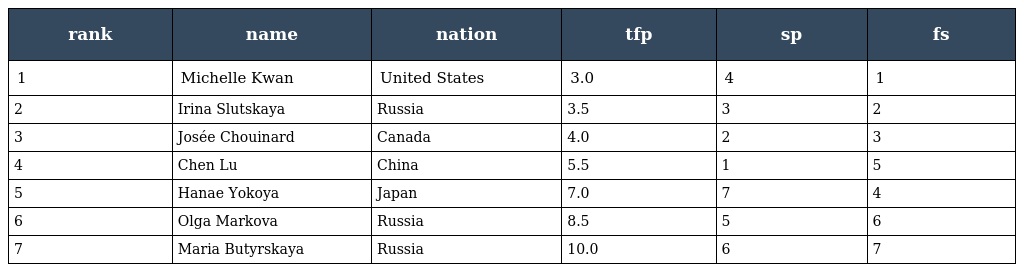
| rank | name | nation | tfp | sp | fs |
 | --- | --- | --- | --- | --- | --- |
 | 1 | Michelle Kwan | United States | 3.0 | 4 | 1 |
 | 2 | Irina Slutskaya | Russia | 3.5 | 3 | 2 |
 | 3 | Josée Chouinard | Canada | 4.0 | 2 | 3 |
 | 4 | Chen Lu | China | 5.5 | 1 | 5 |
 | 5 | Hanae Yokoya | Japan | 7.0 | 7 | 4 |
 | 6 | Olga Markova | Russia | 8.5 | 5 | 6 |
 | 7 | Maria Butyrskaya | Russia | 10.0 | 6 | 7 |